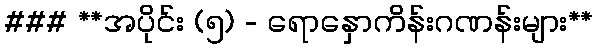
### **အပိုင်း (၅) - ရောနှောကိန်းဂဏန်းများ**